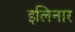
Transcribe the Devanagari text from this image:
इलिनार